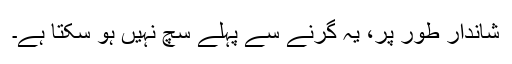
شاندار طور پر، یہ گرنے سے پہلے سچ نہیں ہو سکتا ہے۔